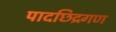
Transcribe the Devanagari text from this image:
पादछिद्रगण